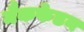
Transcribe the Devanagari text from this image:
मैकफेडन